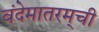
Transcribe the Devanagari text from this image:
वंदेमातरम्‌ची